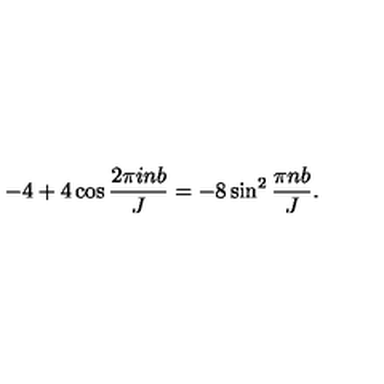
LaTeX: - 4 + 4 \cos \frac { 2 \pi i n b } { J } = - 8 \sin ^ { 2 } \frac { \pi n b } { J } .